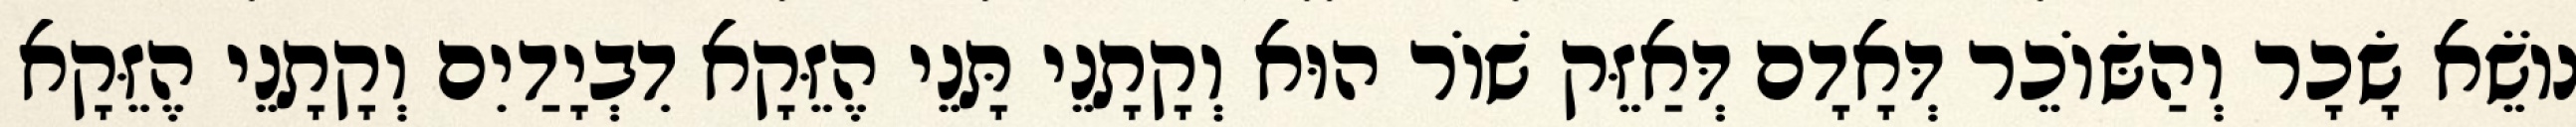
נוֹשֵׂא שָׂכָר וְהַשּׂוֹכֵר דְּאָדָם דְּאַזֵּק שׁוֹר הוּא וְקָתָנֵי תָּנֵי הֶזֵּקָא דִבְיָדַיִם וְקָתָנֵי הֶזֵּקָא